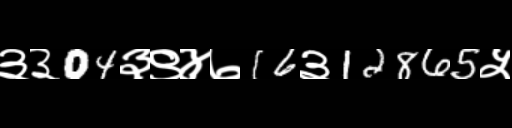
Text: ३३04३९४७16३12865५